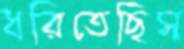
ধরিতেছিস